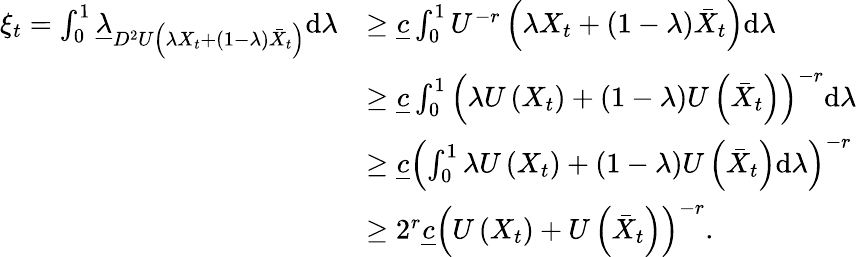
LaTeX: \begin{array}{rl}{\xi_{t}=\int_{0}^{1}\underline{{\lambda}}_{D^{2}U\left(\lambda X_{t}+(1-\lambda)\bar{X}_{t}\right)}\mathrm{d}\lambda}&{\ge\underline{{c}}\int_{0}^{1}U^{-r}\left(\lambda X_{t}+(1-\lambda)\bar{X}_{t}\right)\mathrm{d}\lambda}\\ &{\ge\underline{{c}}\int_{0}^{1}\left(\lambda U\left(X_{t}\right)+(1-\lambda)U\left(\bar{X}_{t}\right)\right)^{-r}\mathrm{d}\lambda}\\ &{\ge\underline{{c}}\left(\int_{0}^{1}\lambda U\left(X_{t}\right)+(1-\lambda)U\left(\bar{X}_{t}\right)\mathrm{d}\lambda\right)^{-r}}\\ &{\ge 2^{r}\underline{{c}}\left(U\left(X_{t}\right)+U\left(\bar{X}_{t}\right)\right)^{-r}.}\end{array}